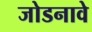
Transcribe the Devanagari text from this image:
जोडनावे